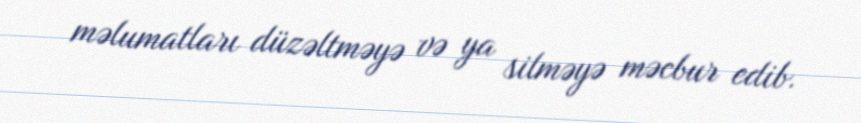
məlumatları düzəltməyə və ya silməyə məcbur edib.